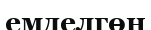
емделгөн